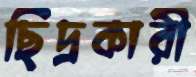
ছিদ্রকারী